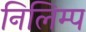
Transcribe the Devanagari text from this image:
निलिम्प